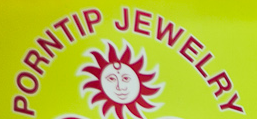
PORNTIP JEWELRY